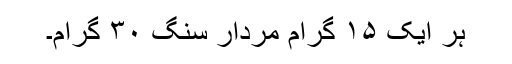
ہر ایک ۱۵ گرام مردار سنگ ۳۰ گرام۔